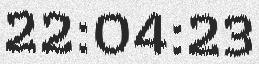
22:04:23